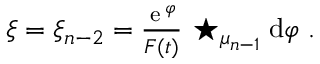
\begin{array} { r } { \xi = \xi _ { n - 2 } = \frac { { \, \mathrm e } \, ^ { \varphi } } { F ( t ) } \, \star _ { \mu _ { n - 1 } } \mathrm { d } \varphi \ . } \end{array}